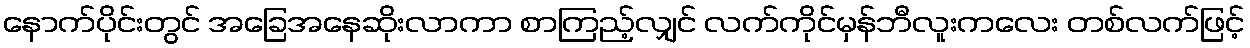
နောက်ပိုင်းတွင် အခြေအနေဆိုးလာကာ စာကြည့်လျှင် လက်ကိုင်မှန်ဘီလူးကလေး တစ်လက်ဖြင့်